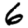
Digit: 6